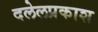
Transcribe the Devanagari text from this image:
दलेलप्रकाश